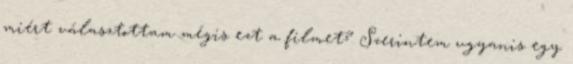
miért választottam mégis ezt a filmet? Szerintem ugyanis egy